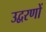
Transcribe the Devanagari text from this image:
उद्वरणों